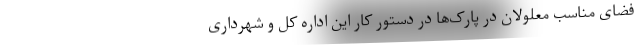
فضای مناسب معلولان در پارک‌ها در دستور کار این اداره کل و شهرداری